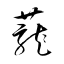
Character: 蘢